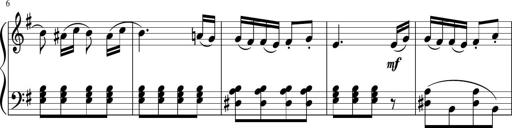
Title: 3 Sonatinen
Composer: Heinrich Lichner